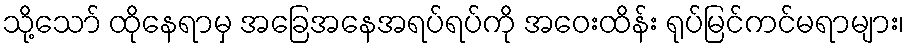
သို့သော် ထိုနေရာမှ အခြေအနေအရပ်ရပ်ကို အဝေးထိန်း ရုပ်မြင်ကင်မရာများ၊